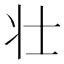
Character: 壮